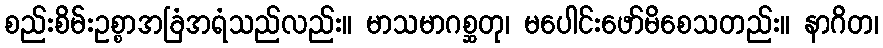
စည်းစိမ်းဥစ္စာအခြံအရံသည်လည်း။ မာသမာဂစ္ဆတု၊ မပေါင်းဖော်မိစေသတည်း။ နာဂိတ၊